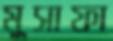
মুসাফা